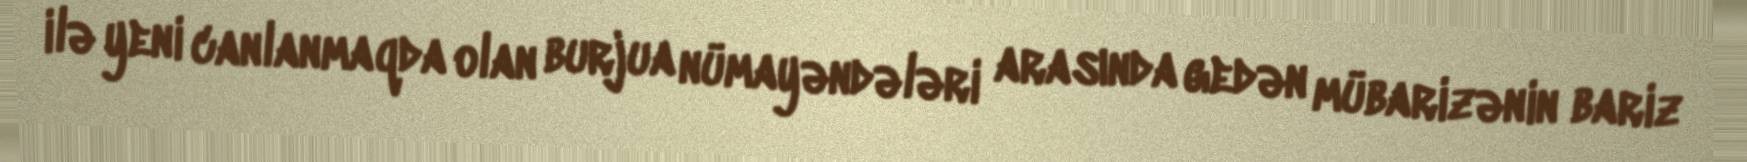
ilə yeni canlanmaqda olan burjua nümayəndələri arasında gedən mübarizənin bariz